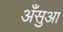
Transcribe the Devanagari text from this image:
अँसुआ